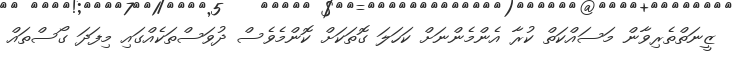
ޒީނަތްތެރިވާން މަސައްކަތް ކުރާ އެންމެންނަށް ކަހަލަ ގޮތަކަށް ކޮންމެވެސް ދުވަސްތަކެއްގައި މިފަދަ ގޯސްތައް